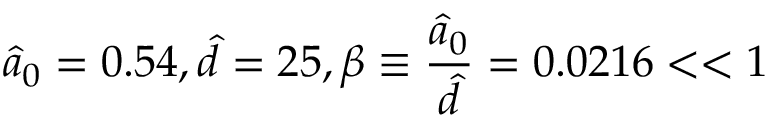
\hat { a } _ { 0 } = 0 . 5 4 , \hat { d } = 2 5 , \beta \equiv \frac { \hat { a } _ { 0 } } { \hat { d } } = 0 . 0 2 1 6 < < 1